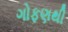
ગોફણથી